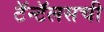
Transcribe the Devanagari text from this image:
टॅन्टॅलसची